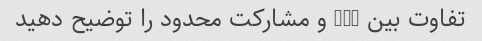
تفاوت بین LLC و مشارکت محدود را توضیح دهید